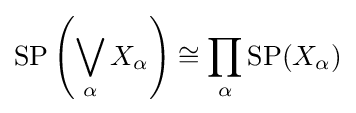
\operatorname {SP} \left(\bigvee _{\alpha }X_{\alpha }\right)\cong \prod _{\alpha }\operatorname {SP} (X_{\alpha })